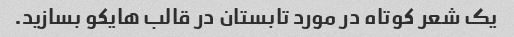
یک شعر کوتاه در مورد تابستان در قالب هایکو بسازید.